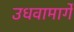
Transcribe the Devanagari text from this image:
उधवामार्गे